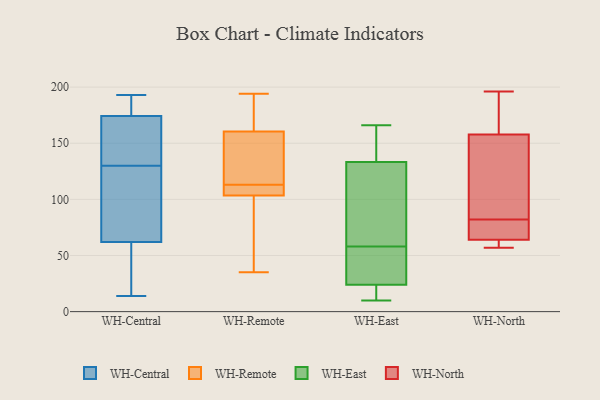
{"axis": {"x": "Humidity (%)", "y": "Value"}, "legend": ["WH-Central", "WH-East", "WH-North", "WH-Remote"], "data": [{"x": "", "y": 60, "type": "WH-Central"}, {"x": "", "y": 115, "type": "WH-Central"}, {"x": "", "y": 52, "type": "WH-Central"}, {"x": "", "y": 130, "type": "WH-Central"}, {"x": "", "y": 93, "type": "WH-Central"}, {"x": "", "y": 177, "type": "WH-Central"}, {"x": "", "y": 176, "type": "WH-Central"}, {"x": "", "y": 192, "type": "WH-Central"}, {"x": "", "y": 193, "type": "WH-Central"}, {"x": "", "y": 141, "type": "WH-Central"}, {"x": "", "y": 169, "type": "WH-Central"}, {"x": "", "y": 14, "type": "WH-Central"}, {"x": "", "y": 34, "type": "WH-Central"}, {"x": "", "y": 38, "type": "WH-Central"}, {"x": "", "y": 191, "type": "WH-Central"}, {"x": "", "y": 68, "type": "WH-Central"}, {"x": "", "y": 166, "type": "WH-Central"}, {"x": "", "y": 113, "type": "WH-Central"}, {"x": "", "y": 157, "type": "WH-Central"}, {"x": "", "y": 164, "type": "WH-Remote"}, {"x": "", "y": 101, "type": "WH-Remote"}, {"x": "", "y": 112, "type": "WH-Remote"}, {"x": "", "y": 113, "type": "WH-Remote"}, {"x": "", "y": 73, "type": "WH-Remote"}, {"x": "", "y": 35, "type": "WH-Remote"}, {"x": "", "y": 194, "type": "WH-Remote"}, {"x": "", "y": 150, "type": "WH-Remote"}, {"x": "", "y": 148, "type": "WH-Remote"}, {"x": "", "y": 111, "type": "WH-Remote"}, {"x": "", "y": 178, "type": "WH-Remote"}, {"x": "", "y": 138, "type": "WH-East"}, {"x": "", "y": 24, "type": "WH-East"}, {"x": "", "y": 143, "type": "WH-East"}, {"x": "", "y": 51, "type": "WH-East"}, {"x": "", "y": 58, "type": "WH-East"}, {"x": "", "y": 10, "type": "WH-East"}, {"x": "", "y": 119, "type": "WH-East"}, {"x": "", "y": 24, "type": "WH-East"}, {"x": "", "y": 88, "type": "WH-East"}, {"x": "", "y": 10, "type": "WH-East"}, {"x": "", "y": 166, "type": "WH-East"}, {"x": "", "y": 61, "type": "WH-North"}, {"x": "", "y": 196, "type": "WH-North"}, {"x": "", "y": 176, "type": "WH-North"}, {"x": "", "y": 61, "type": "WH-North"}, {"x": "", "y": 133, "type": "WH-North"}, {"x": "", "y": 166, "type": "WH-North"}, {"x": "", "y": 82, "type": "WH-North"}, {"x": "", "y": 57, "type": "WH-North"}, {"x": "", "y": 82, "type": "WH-North"}, {"x": "", "y": 107, "type": "WH-North"}, {"x": "", "y": 73, "type": "WH-North"}]}